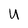
Character: U